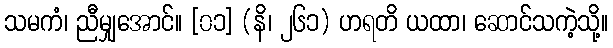
သမကံ၊ ညီမျှအောင်။ [၀၁] (နိ၊ ၂၆၁) ဟရတိ ယထာ၊ ဆောင်သကဲ့သို့။